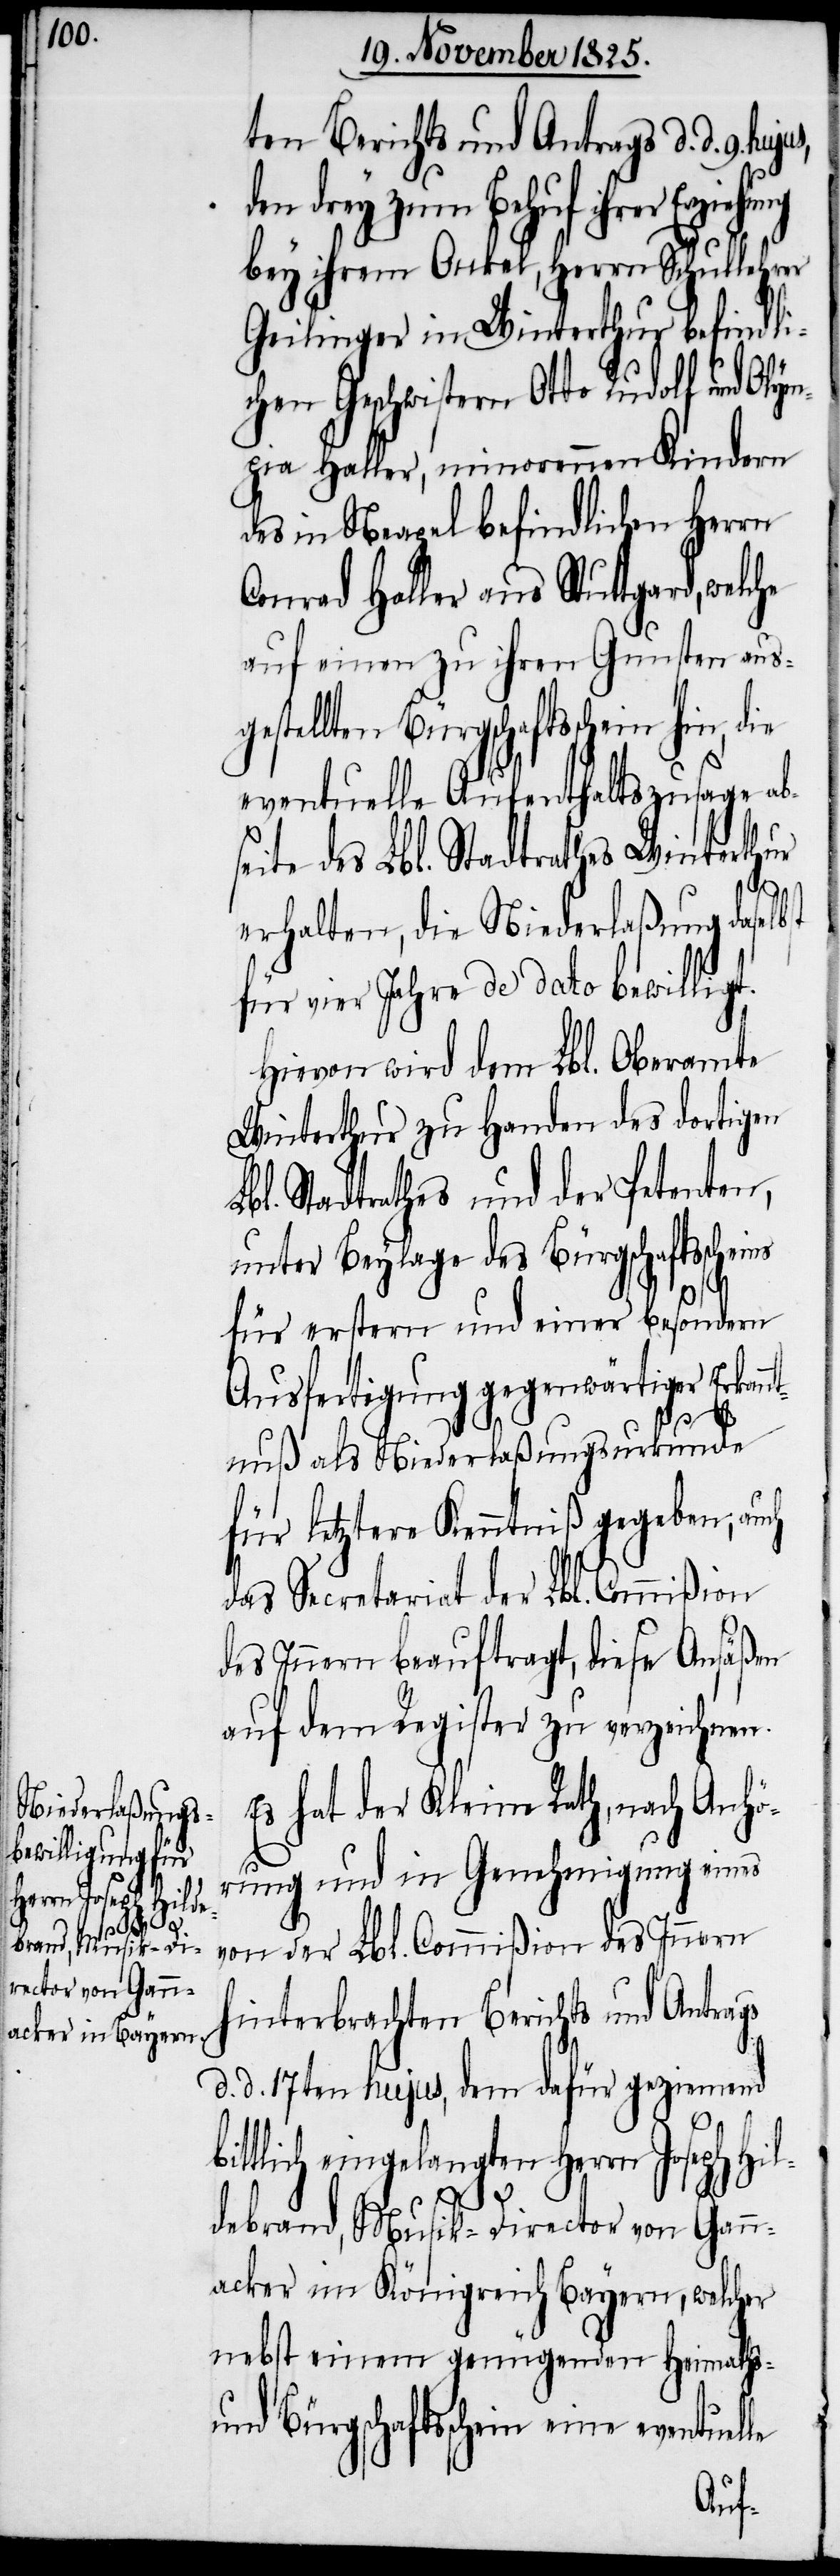
ten Berichts und Antrags d. d. 9.
drey zum Behuf ihrer
bey ihrem Onkel, Herrn Schullehrer
Geilinger in Winterthur befindli¬
chen Geschwistern Otto[,] Rudolf
pia Haller, minorennen Kindern
des in Neapel befindlichen Herrn
Conrad Haller aus Stuttgard,
auf einen zu ihren Gunsten aus¬
gestellten Bürgschaftsschein hin, die
eventuelle Aufenthaltszusage abs¬
eite des Lbl. Stadtrathes Winterthur
erhalten, die Niederlaßung daselb¬
für vier Jahre de dato bewiligt.
Hievon wird dem Lbl. Oberamte
Winterthur zu Handen des dortigen
bl. Stadtrathes und der Petenten,
unter Beylage des Bürgschaftsscheines
für erstern und einer besondern
Ausfertigung gegenwärtiger Erkann¬
tnuß als Niederlaßungsurkunde
für letztere Kenntniß gegeben, auch
das Secretariat der Lbl. Commißion
des Innern beauftragt, diese Ansäßen
auf dem Register zu verzeichnen.
Es hat der Kleine Rath, nach Anhö¬
rung und in Genehmigung eines
von der Lbl. Commißion des Innern
hinterbrachten Berichts und Antrags
d. d. 17ten hujus, dem dafür geziemend
ittlich eingelangten Herrn Joseph Hil¬
b¬
debrand, Musik-Director von Gann¬
acker im Königreich Bayern, welcher
nebst einem genügenden Heimaths-
und Bürgschaftsschein eine eventuel¬
le